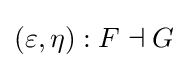
(\varepsilon ,\eta ):F\dashv G